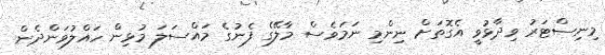
މިނިސްޓަރު ވިދާޅުވީ އެގޮތަށް ނިންމި ނަމަވެސް މާލޭގެ ފެނުގެ މައްސަލަ މުޅިން ހައްލުވަންދެން